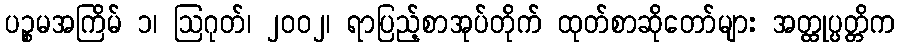
ပဉ္စမအကြိမ် ၁၊ ဩဂုတ်၊ ၂၀၀၂၊ ရာပြည့်စာအုပ်တိုက် ထုတ်စာဆိုတော်များ အတ္ထုပ္ပတ္တိက